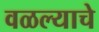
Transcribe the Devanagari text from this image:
वळल्याचे